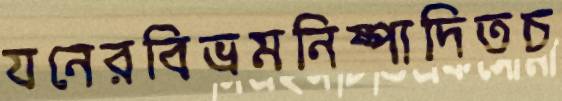
যনেরবিভ্রমনিষ্পাদিতচ